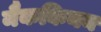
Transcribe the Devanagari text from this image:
मैककिनन